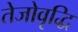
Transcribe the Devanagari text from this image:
तेजोवृद्धि